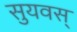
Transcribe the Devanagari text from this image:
सुयवस्